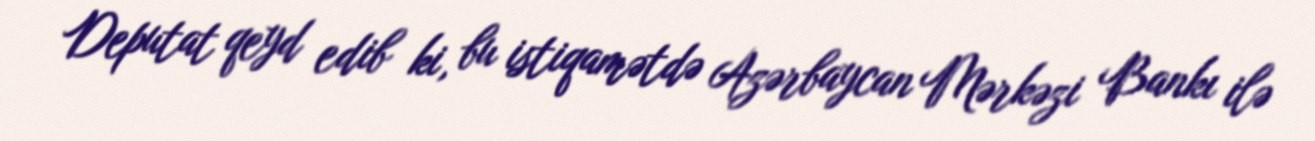
Deputat qeyd edib ki, bu istiqamətdə Azərbaycan Mərkəzi Bankı ilə